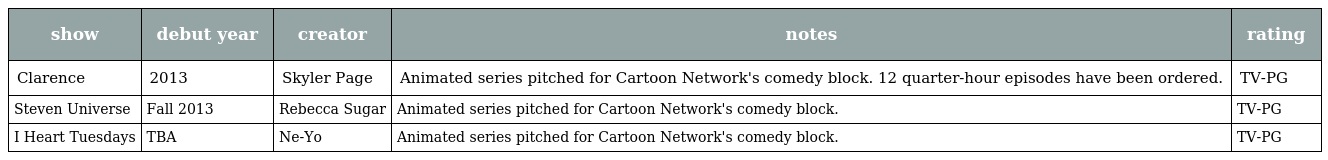
| show | debut year | creator | notes | rating |
 | --- | --- | --- | --- | --- |
 | Clarence | 2013 | Skyler Page | Animated series pitched for Cartoon Network's comedy block. 12 quarter-hour episodes have been ordered. | TV-PG |
 | Steven Universe | Fall 2013 | Rebecca Sugar | Animated series pitched for Cartoon Network's comedy block. | TV-PG |
 | I Heart Tuesdays | TBA | Ne-Yo | Animated series pitched for Cartoon Network's comedy block. | TV-PG |